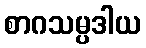
စာဂသမ္ပဒါယ